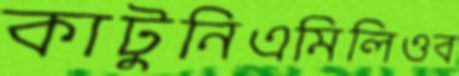
কাটুনিএমিলিওব